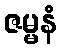
ဇမ္မနံ